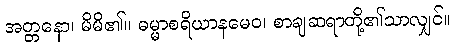
အတ္တနော၊ မိမိ၏။ ဓမ္မာစရိယာနမေဝ၊ စာချဆရာတို့၏သာလျှင်။